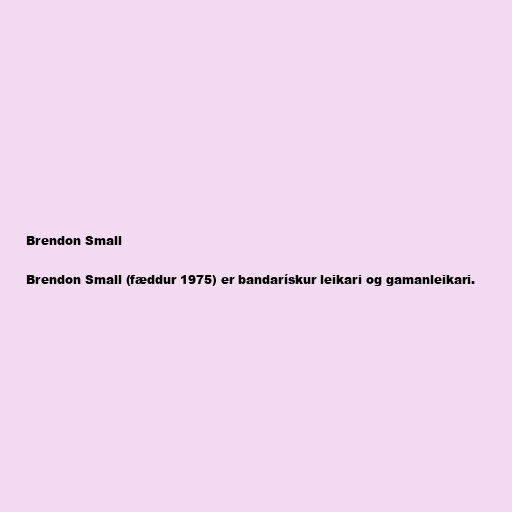
Brendon Small

Brendon Small (fæddur 1975) er bandarískur leikari og gamanleikari.